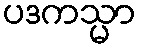
ပဒကသ္မာ